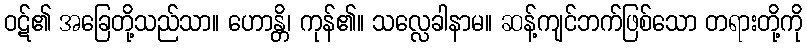
ဝဋ်၏ အခြေတို့သည်သာ။ ဟောန္တိ၊ ကုန်၏။ သလ္လေခါနာမ။ ဆန့်ကျင်ဘက်ဖြစ်သော တရားတို့ကို